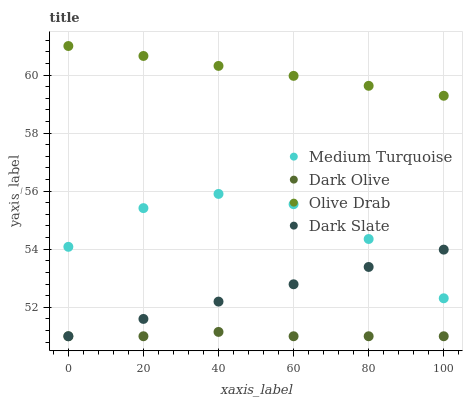
| xaxis_label | Medium Turquoise | Dark Olive | Olive Drab | Dark Slate |
 | --- | --- | --- | --- | --- |
 | 0 | 54.1 | 51 | 61 | 51 |
 | 20 | 55.4 | 51 | 60.7 | 51.6 |
 | 40 | 55.9 | 51.1 | 60.3 | 52.2 |
 | 60 | 55.5 | 51 | 60 | 52.8 |
 | 80 | 54.4 | 51 | 59.6 | 53.4 |
 | 100 | 52.3 | 51 | 59.3 | 54 |